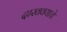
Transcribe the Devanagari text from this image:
दाखवयाचे